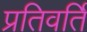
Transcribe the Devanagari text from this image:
प्रतिवर्ति